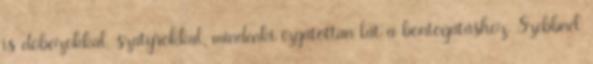
is dobozokkal, szatyrokkal, mindenki izgatottan lát a bontogatáshoz. Szebbnél